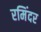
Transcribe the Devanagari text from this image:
रमिंदर